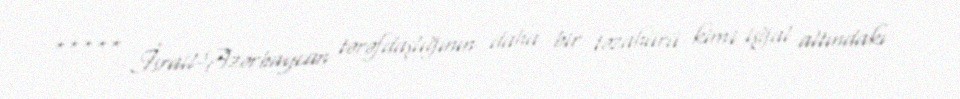
***** İsrail-Azərbaycan tərəfdaşlığının daha bir təzahürü kimi işğal altındakı